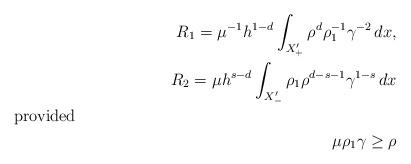
LaTeX: \begin{align*}R_1= \mu^{-1}h^{1-d} \int_{X'_+} \rho^d\rho_1^{-1}\gamma^{-2}\,dx , \\R_2= \mu h^{s-d}\int_{X'_-} \rho_1 \rho^{d-s-1}\gamma^{1-s}\,dx\shortintertext{provided}\mu \rho_1 \gamma \ge \rho\end{align*}